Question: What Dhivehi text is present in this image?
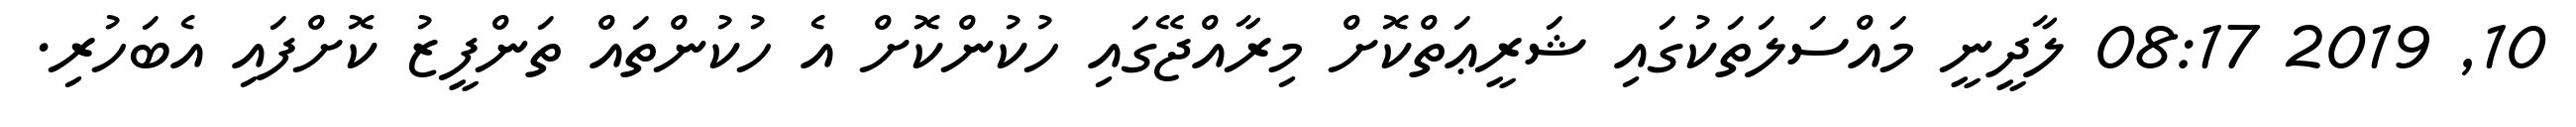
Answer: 10, 2019 08:17 ލާދީނީ މައްސަލަތަކުގައި ޝަރީޢަތްކޮށް މިރާއްޖޭގައި ހުކުންކޮށް އެ ހުކުންތައް ތަންފީޒު ކޮށްފައި އެބަހުރި.